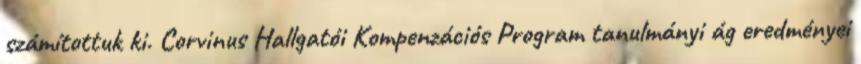
számítottuk ki. Corvinus Hallgatói Kompenzációs Program tanulmányi ág eredményei